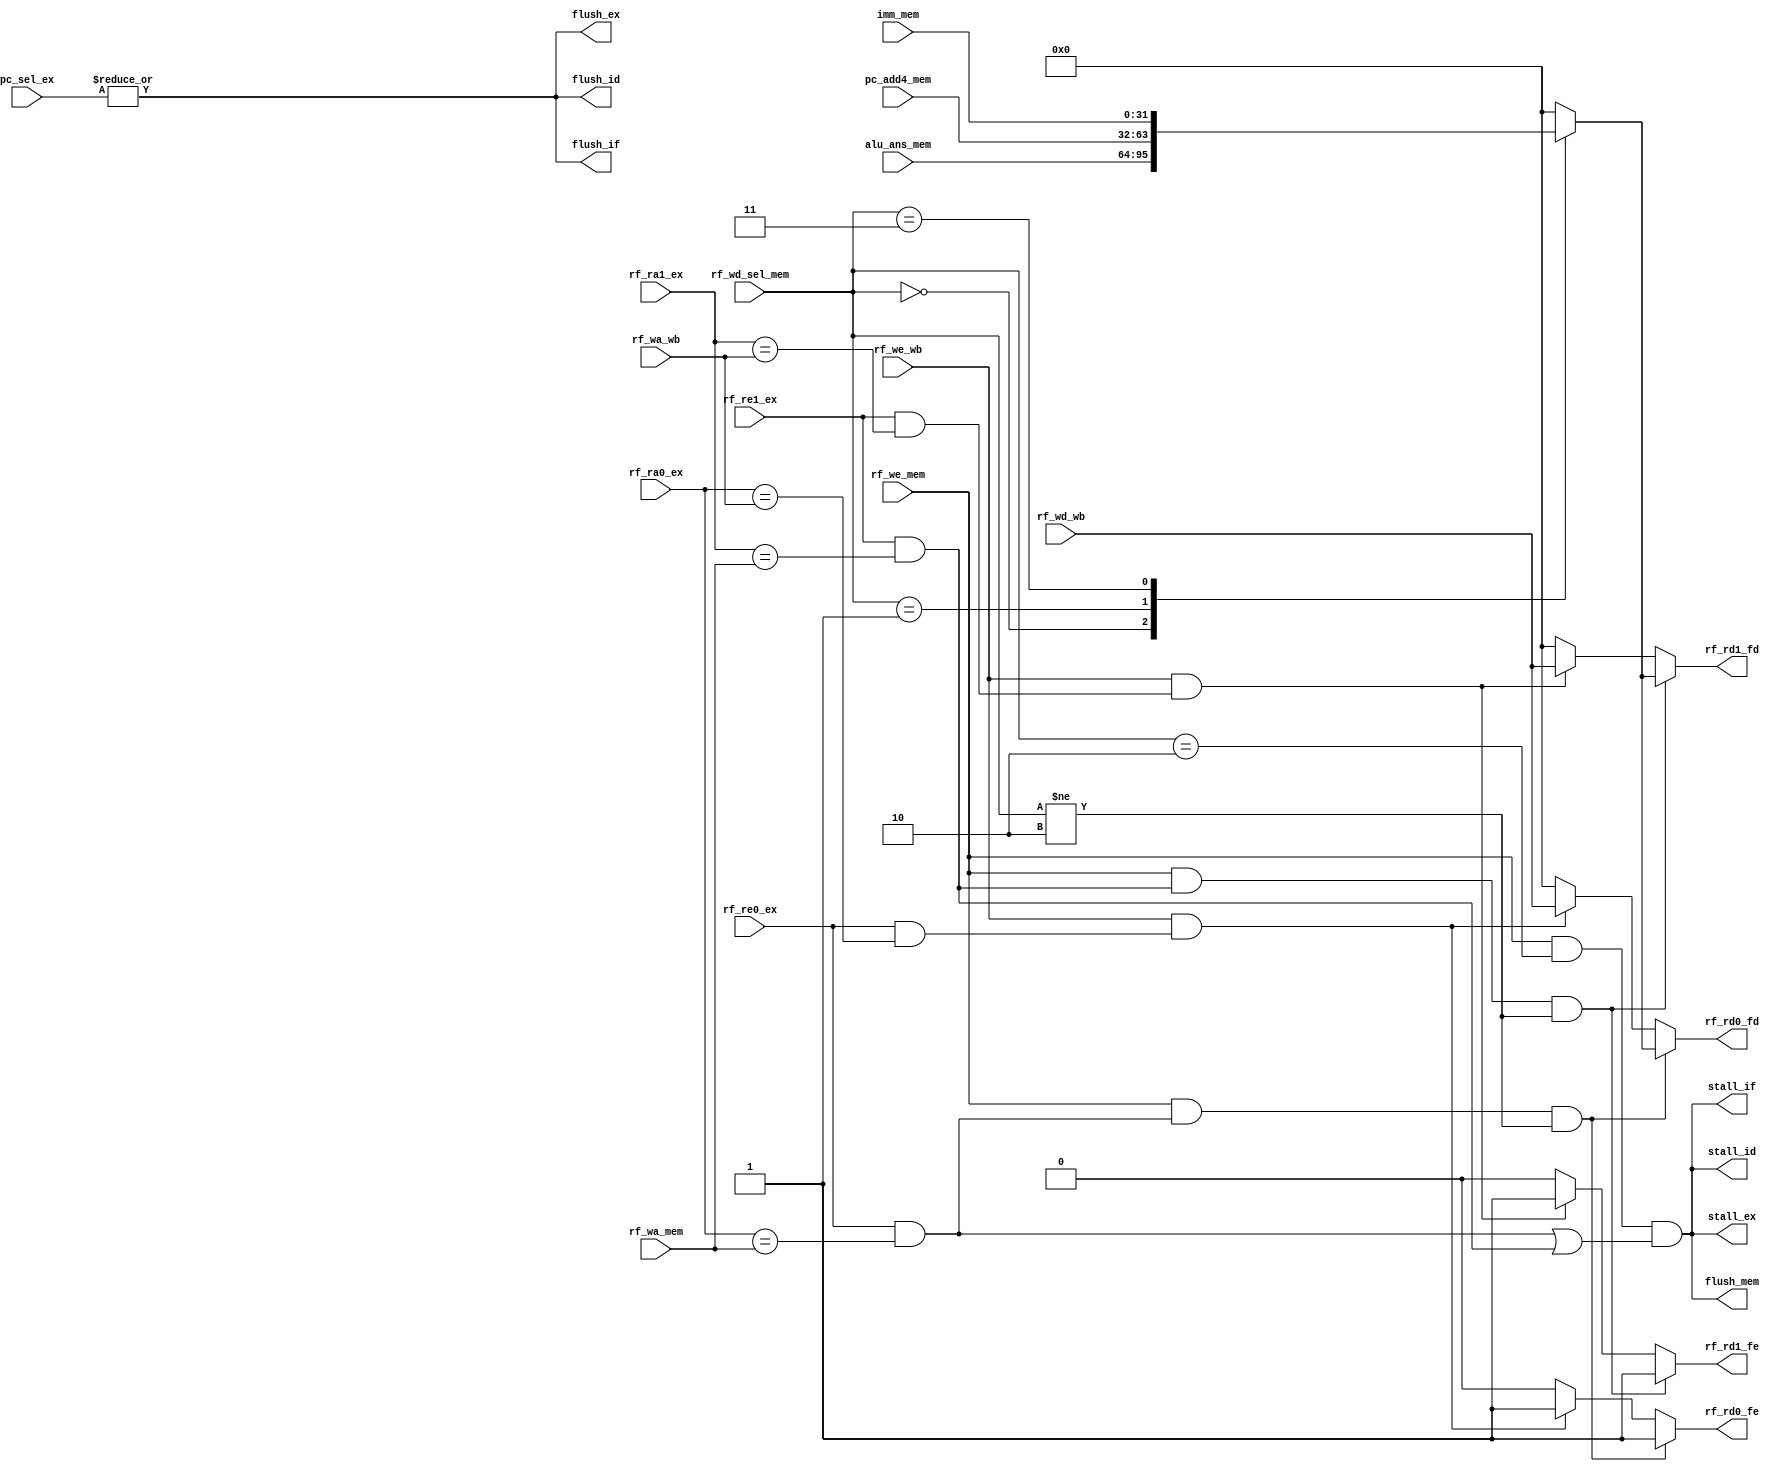
`timescale 1ns / 1ps

module Hazard(
    input [4:0] rf_ra0_ex,
    input [4:0] rf_ra1_ex,
    input rf_re0_ex,
    input rf_re1_ex,
    input [4:0] rf_wa_mem,
    input rf_we_mem,
    input [1:0] rf_wd_sel_mem,
    input [31:0] alu_ans_mem,
    input [31:0] pc_add4_mem,
    input [31:0] imm_mem,
    input [4:0] rf_wa_wb,
    input rf_we_wb,
    input [31:0] rf_wd_wb,
    input [1:0] pc_sel_ex,
    output reg rf_rd0_fe,
    output reg rf_rd1_fe,
    output reg [31:0] rf_rd0_fd,
    output reg [31:0] rf_rd1_fd,
    output stall_if,
    output stall_id,
    output stall_ex,
    output flush_if,
    output flush_id,
    output flush_ex,
    output flush_mem
);
    // Data hazard
    reg [31:0] wb_fd;
    wire src0_mem_fwd; // src0  MEM 
    wire src1_mem_fwd; // src1  MEM 
    wire src0_wb_fwd; // src0  WB 
    wire src1_wb_fwd; // src1  WB 
    assign src0_mem_fwd = rf_re0_ex && (rf_ra0_ex == rf_wa_mem); // EX  src0  MEM 
    assign src1_mem_fwd = rf_re1_ex && (rf_ra1_ex == rf_wa_mem); // EX  src1  MEM 
    assign src0_wb_fwd = rf_re0_ex && (rf_ra0_ex == rf_wa_wb); // EX  src0  WB 
    assign src1_wb_fwd = rf_re1_ex && (rf_ra1_ex == rf_wa_wb); // EX  src1  WB 
    // Forwarding data, shared by src0 & src1
    always @(*) begin
        case (rf_wd_sel_mem)
            0: wb_fd = alu_ans_mem;
            1: wb_fd = pc_add4_mem;
            3: wb_fd = imm_mem;
            default: wb_fd = 0;
        endcase
    end
    // Src0
    always @(*) begin
        if (rf_we_mem && src0_mem_fwd && rf_wd_sel_mem != 2'd2) begin
            rf_rd0_fe = 1;
            rf_rd0_fd = wb_fd;
        end else if (rf_we_wb && src0_wb_fwd) begin
            rf_rd0_fe = 1;
            rf_rd0_fd = rf_wd_wb;
        end else begin
            rf_rd0_fe = 0;
            rf_rd0_fd = 0;
        end
    end
    // Src1
    always @(*) begin
        if (rf_we_mem && src1_mem_fwd && rf_wd_sel_mem != 2'd2) begin
            rf_rd1_fe = 1;
            rf_rd1_fd = wb_fd;
        end else if (rf_we_wb && src1_wb_fwd) begin
            rf_rd1_fe = 1;
            rf_rd1_fd = rf_wd_wb;
        end else begin
            rf_rd1_fe = 0;
            rf_rd1_fd = 0;
        end
    end
    // Bubble
    wire bubble;
    assign bubble = rf_we_mem && rf_wd_sel_mem == 2'd2 && (src0_mem_fwd || src1_mem_fwd);
    assign flush_mem = bubble;
    assign stall_ex = bubble;
    assign stall_id = bubble;
    assign stall_if = bubble;
    // Control hazard
    wire jumped = |pc_sel_ex;
    assign flush_if = jumped;
    assign flush_id = jumped;
    assign flush_ex = jumped;
endmodule